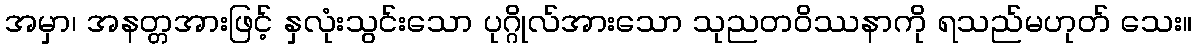
အမှာ၊ အနတ္တအားဖြင့် နှလုံးသွင်းသော ပုဂ္ဂိုလ်အားသော သုညတဝိဿနာကို ရသည်မဟုတ် သေး။